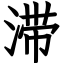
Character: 滞